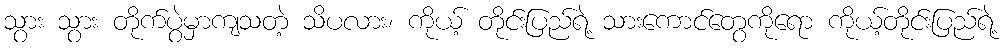
သွား သွား တိုက်ပွဲမှာကျသတဲ့ သိပလား၊ ကိုယ့် တိုင်းပြည်ရဲ့ သားကောင်တွေကိုရော ကိုယ့်တိုင်းပြည်ရဲ့